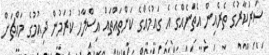
ސަރުކާރުގެ ތެރެއިން އެތަނެއްގެ އެ ގައުމެއްގެ ކަންތައްތައް އިސްލާހު ކުރަމުން ދިއުމުގެ މައްޗަށް